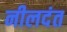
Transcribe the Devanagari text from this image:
नीलदंत